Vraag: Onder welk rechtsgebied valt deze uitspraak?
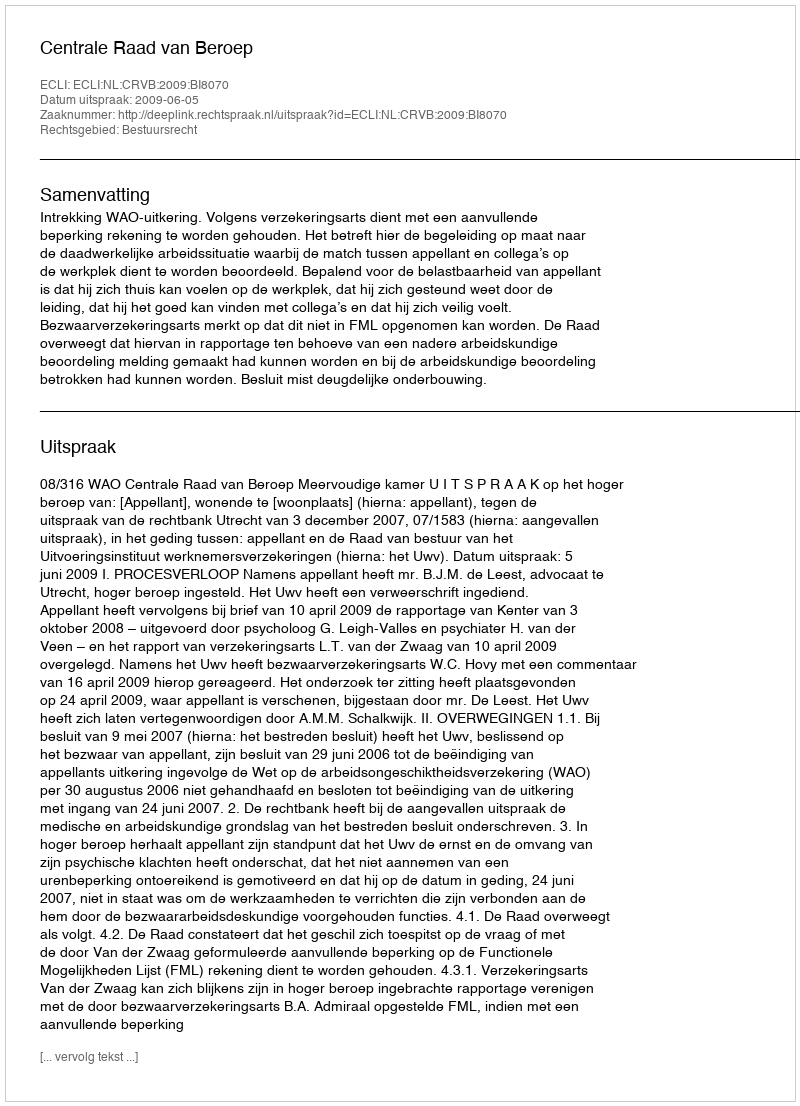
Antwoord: Bestuursrecht